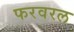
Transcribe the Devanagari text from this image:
फरवरल